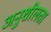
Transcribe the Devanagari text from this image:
अनुशीलता